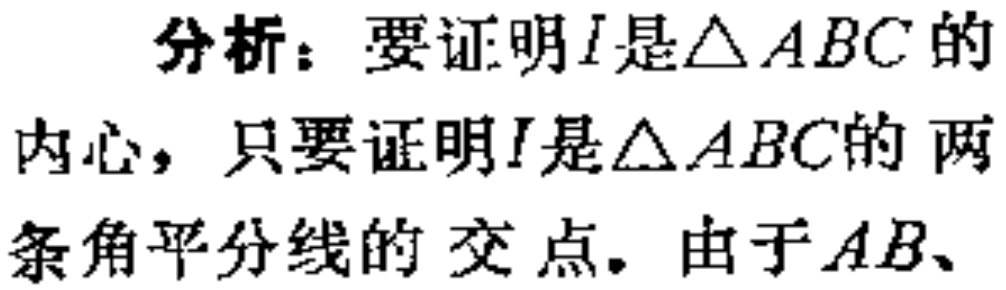
分析：要证明\(I\)是\(\triangle ABC\)的内心，只要证明\(I\)是\(\triangle ABC\)的两条角平分线的交点。由于\(AB\)、